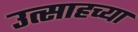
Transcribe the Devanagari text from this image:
उत्साहच्या